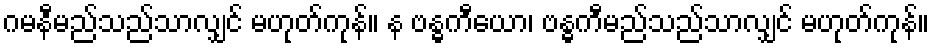
ဂမနီမည်သည်သာလျှင် မဟုတ်ကုန်။ န ဗန္ဓကီယော၊ ဗန္ဓကီမည်သည်သာလျှင် မဟုတ်ကုန်။